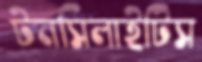
টনসিলাইটিস